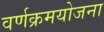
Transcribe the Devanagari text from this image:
वर्णक्रमयोजना